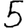
Digit: 5